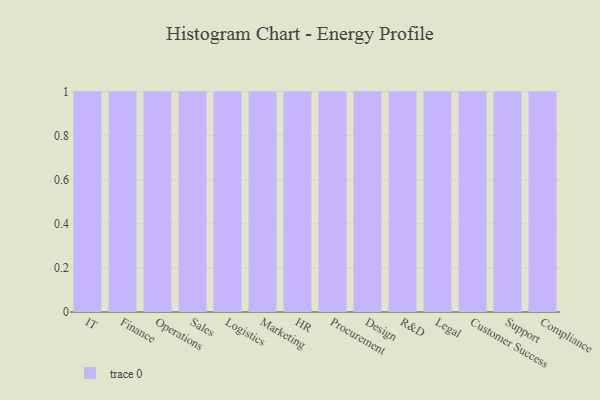
{"axis": {"x": "Department", "y": "Net Income (USD K)"}, "legend": [""], "data": [{"x": "IT", "y": 99, "type": ""}, {"x": "Finance", "y": 58, "type": ""}, {"x": "Operations", "y": 98, "type": ""}, {"x": "Sales", "y": 10, "type": ""}, {"x": "Logistics", "y": 44, "type": ""}, {"x": "Marketing", "y": 88, "type": ""}, {"x": "HR", "y": 81, "type": ""}, {"x": "Procurement", "y": 4, "type": ""}, {"x": "Design", "y": 61, "type": ""}, {"x": "R&D", "y": 52, "type": ""}, {"x": "Legal", "y": 59, "type": ""}, {"x": "Customer Success", "y": 39, "type": ""}, {"x": "Support", "y": 72, "type": ""}, {"x": "Compliance", "y": 41, "type": ""}]}